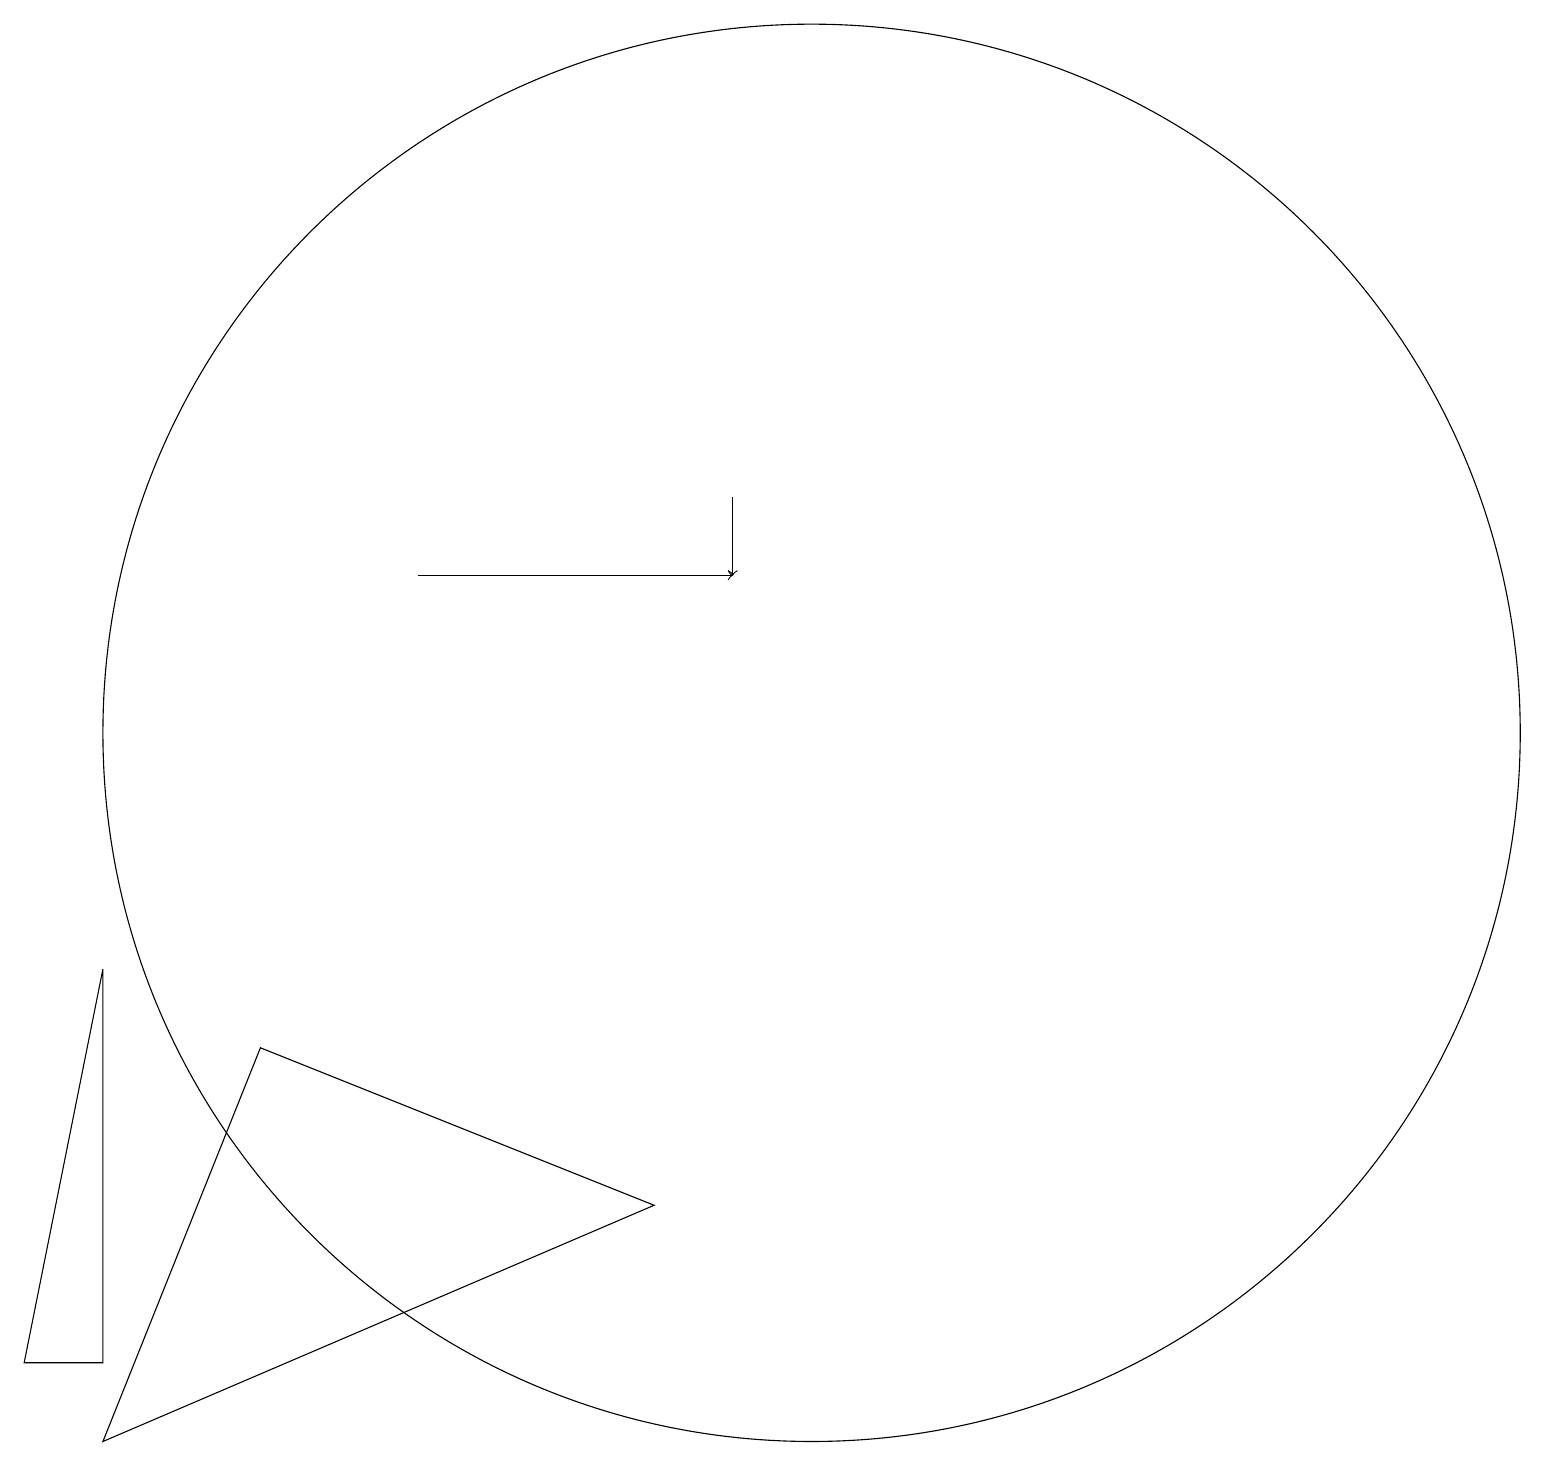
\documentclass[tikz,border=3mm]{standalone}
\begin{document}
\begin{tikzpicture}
\draw (1,3) -- (1,8) -- (0,3) -- cycle;
\draw (10,11) circle (9);
\draw[->] (5,13) -- (9,13);
\draw (3,7) -- (1,2) -- (8,5) -- cycle;
\draw[->] (9,14) -- (9,13);
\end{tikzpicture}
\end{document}